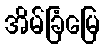
အိမ်ခြံမြေ